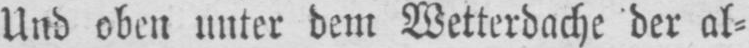
Und oben unter dem Wetterdache der al⸗